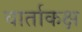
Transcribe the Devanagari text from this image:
वार्ताकक्ष